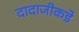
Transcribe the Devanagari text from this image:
दादाजीकडे